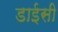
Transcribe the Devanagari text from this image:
डाईसी